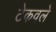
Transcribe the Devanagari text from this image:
टेकवले